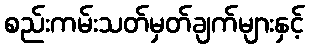
စည်းကမ်းသတ်မှတ်ချက်များနှင့်